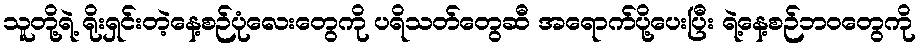
သူတို့ရဲ့ ရိုးရှင်းတဲ့နေ့စဉ်ပုံလေးတွေကို ပရိသတ်တွေဆီ အရောက်ပို့ပေးပြီး ရဲ့နေ့စဉ်ဘဝတွေကို